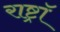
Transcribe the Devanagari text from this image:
राष्ट्रॉ